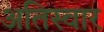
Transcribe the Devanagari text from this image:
अतिस्वार